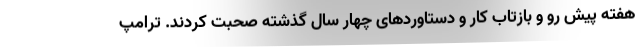
هفته پیش رو و بازتاب کار و دستاوردهای چهار سال گذشته صحبت کردند. ترامپ